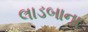
લાડબાના